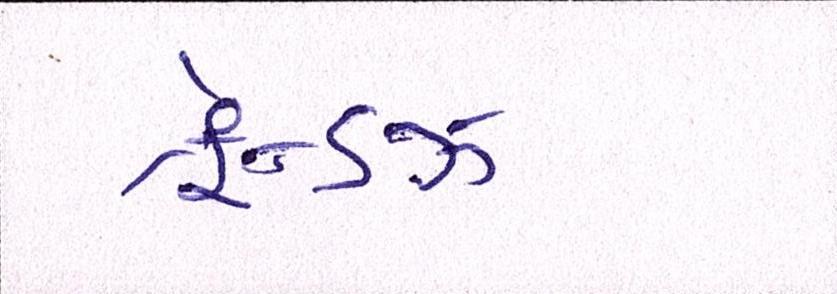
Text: ફ્રેન્ડ્સ